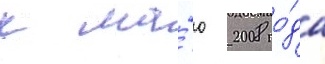
к ма́ю 2008 го́да